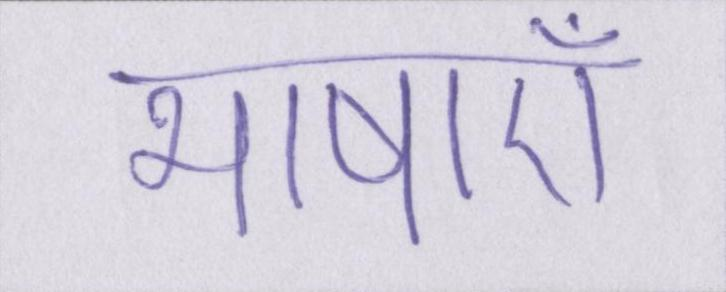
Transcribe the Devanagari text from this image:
भाषाएँ